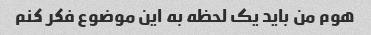
هوم من باید یک لحظه به این موضوع فکر کنم